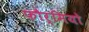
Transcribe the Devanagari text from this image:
फौर्मियो